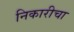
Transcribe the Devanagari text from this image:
निकारीचा